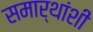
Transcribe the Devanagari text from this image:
समार्थांशी